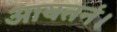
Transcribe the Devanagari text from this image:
आयतनं।